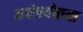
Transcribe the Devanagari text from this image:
कक्षेपर्यंतच्या